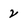
Character: 2